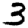
Digit: 3